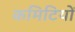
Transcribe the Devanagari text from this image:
कमिटियों